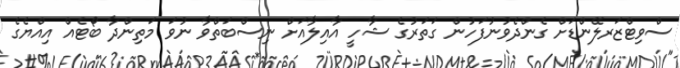
ސްވިޓްޒަރލޭންޑަށް ގެންދެވުނުފަހުން ގަތަރުގެ ޝާހީ އާއިލާއަށް ނިސްބަތްވާ ނުވަ މަތިންދާ ބޯޓެއް އިއްޔެގެ